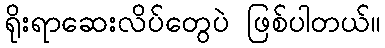
ရိုးရာဆေးလိပ်တွေပဲ ဖြစ်ပါတယ်။